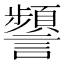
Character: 𧭹